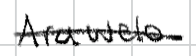
Text: Arawelo
Cross-out: mix
Writing tool: digital_black